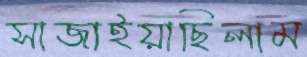
সাজাইয়াছিলাম